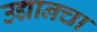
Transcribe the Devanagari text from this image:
उद्यानचा